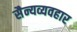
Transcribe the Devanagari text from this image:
सैन्यव्यवहार